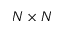
N \times N